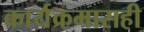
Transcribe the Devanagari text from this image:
कार्यक्रमासही